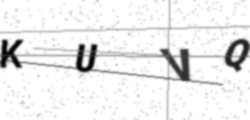
Text: KUVQ